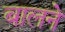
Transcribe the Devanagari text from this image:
बालने